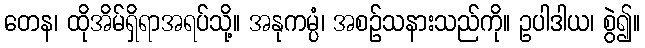
တေန၊ ထိုအိမ်ရှိရာအရပ်သို့။ အနုကမ္ပံ၊ အစဉ်သနားသည်ကို။ ဥပါဒါယ၊ စွဲ၍။